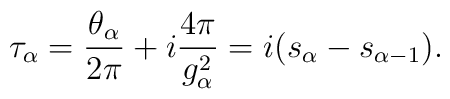
\tau_\alpha={\theta_\alpha\over 2\pi}+i{4\pi\over g^2_\alpha}=i(s_\alpha-s_{\alpha-1}).